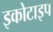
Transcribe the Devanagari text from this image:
इकोटाइप